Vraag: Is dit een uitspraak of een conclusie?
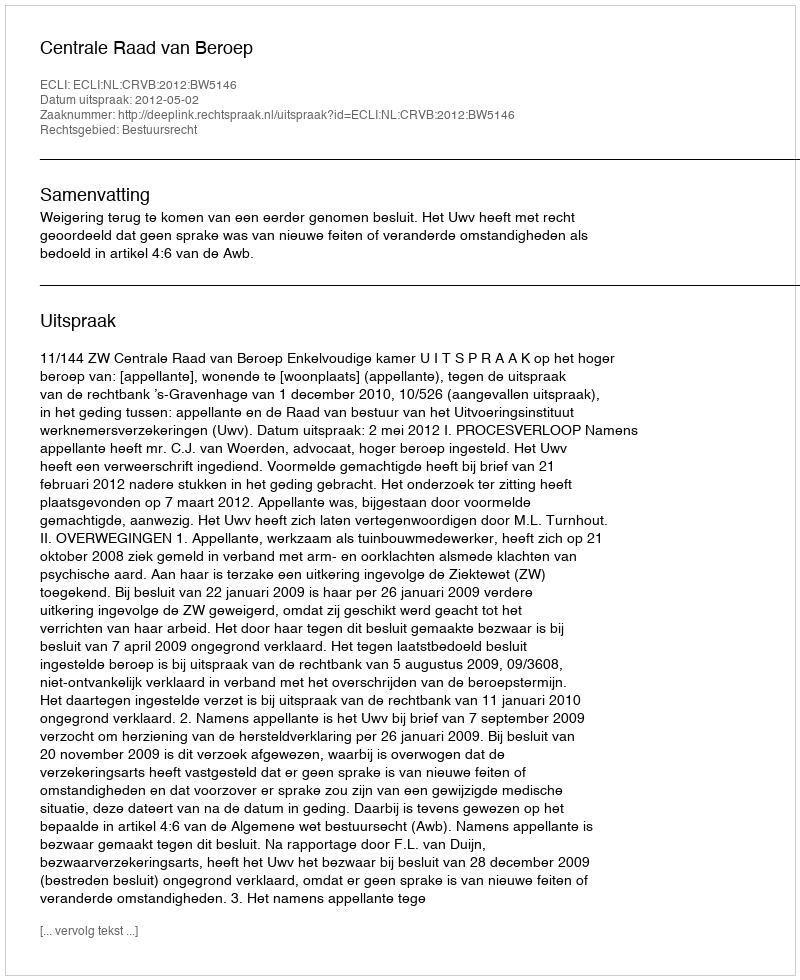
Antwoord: Uitspraak